Vaccine operations Central Provinces 1900-1911 - 1900-1911
Year: 1900
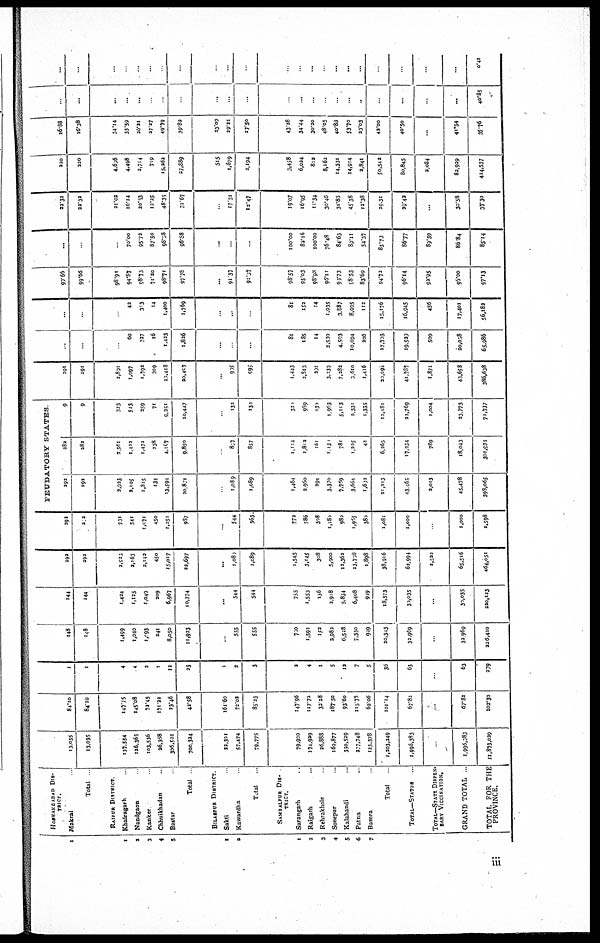
1
1
2
3
4
5
1
2
1
2
3
4
5
6
7
HOSHANGABAD DIS-
-----.
Makrai ...
Total
RAIPUR DISTRICT.
Khairagarh
Nandgaon
Kanker
Chhuikhadan
Bastar
Total
BILASPUR DISTRICT
Sakti
Kawardha
Total
SAMBALPUR DIS-
-----.
Sarangarh
Raigarh
Rehrakhole
Sonepur
Kalahandi
Patna
Bamra
Total
TOTAL—STATES
TOTAL—STATE DISPEN-
SARY VICCINATION.
GRAND TOTAL
TOTAL FOR THE
PROVINCE.
13,035
13,035
137,554
126,365
103,536
26,358
306,501
700,324
22,301
57,474
79,775
79,900
174,929
26,888
169,877
350,529
277,748
123,378
1,203,249
1,996,383
...
1,995,383
11,873,029
84.10
84.10
147.75
145.08
72.45
171.22
23.46
42.58
161.60
72.02
85.23
147.96
117.72
32.28
187.50
93.60
115.78
62.06
101.14
67.82
...
67.82
102.30
1
1
4
4
2
1
12
23
1
2
3
2
4
1
5
12
7
5
36
63
...
63
279
148
108
1,499
1,040
1,093
241
8,050
11,923
...
555
555
700
1,591
152
3,982
6,528
7,350
949
20,343
32,969
...
32,969
226,410
144
144
1,424
1,125
1,049
209
6,967
10,774
...
544
544
755
1,553
156
2,918
5,834
6,408
949
18,573
30,035
...
30,035
220,123
292
292
2,920
2,165
2,143
450
15,017
22,697
...
1,080
1,089
1,545
3,145
308
5,900
12,362
13,758
1,898
38,916
62,994
2,521
65,516
464,051
292
202
731
541
1,071
450
1,251
987
...
544
363
772
786
308
1,180
980
1,955
380
1,081
1,000
...
1,000
1,598
FEUDATORY
STATES
292
292
2,923
2,105
1,815
434
13,594
20.871
...
1,089
1,089
1,464
2,960
294
3,370
7,759
3,664
1,602
21,213
43.65
2,013
45,478
393,065
282
282
3,561
1,412
1,472
238
4,167
9,850
...
837
857
1,114
1,812
161
1,130
781
1,225
42
6,265
17,254
789
18,043
301,934
9
9
323
543
259
71
9,250
10,447
...
132
132
320
989
130
1,953
5,113
2,330
1,335
12,181
22,769
1,004
23,773
71,737
291
291
2,891
1,997
1,792
309
13,418
20,407
...
905
995
1,443
2,813
201
3,239
7,282
3,610
1,416
20,094
41,787
1,871
43,658
386,638
...
...
...
60
327
16
1,423
1,826
...
...
...
81
185
14
3,530
4,503
10,094
206
17,703
19,520
509
20,038
65,986
...
...
...
42
313
14
1,400
1,769
...
...
...
81
152
14
1,935
3,887
8,995
112
15,176
16,945
456
17,401
56,182
90.66
99.66
98.91
94.87
98.73
71.20
98.71
97.78
...
91.37
91.07
98.57
95.03
98.98
96.11
91.73
98.53
83.69
94.72
96.14
92.95
96.00
97.13
...
...
...
70.00
95.72
87.50
98.38
96.88
...
...
...
100.00
82.16
100.00
76.48
84.63
89.11
54.37
85.73
86.77
89.59
86.84
85.14
22.32
22.32
21.02
16.14
20.13
12.25
48.35
31.67
...
17.31
12.47
19.07
16.95
11.34
30.46
31.85
45.38
12.38
29.31
29.42
...
30.58
37.30
220
220
4,696
4,498
2,714
719
15,262
27,889
515
1,679
2,194
3,458
6,024
812
8,162
14,331
14,914
2,841
50,542
80,845
2,084
82,929
424,537
16.88
16.38
34.14
35.59
26.21
27.27
49.79
39.82
23.09
29.21
27.50
43.28
34.44
30.20
48.05
40.88
53.70
23.03
43.00
40.50
...
41.54
35.76
...
...
...
...
...
...
...
...
...
...
...
...
...
...
...
...
...
...
...
...
...
...
40.85
...
...
...
...
...
...
...
...
...
...
...
...
...
...
...
...
...
...
...
...
...
...
0.41
iii